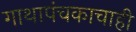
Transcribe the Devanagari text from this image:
गाथापंचकाचाही